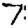
Digit: 7